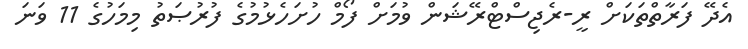
އެދޭ ފަރާތްތަކަށް ރީ-ރެޖިސްޓްރޭޝަން ވުމަށް ފޯމް ހުށަހެޅުމުގެ ފުރުޞަތު މިމަހުގެ 11 ވަނަ